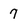
Character: 7